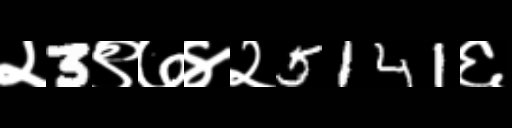
Text: २3९७४२5141६